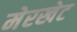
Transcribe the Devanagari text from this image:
मेरखेट